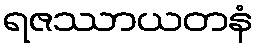
ရဇဿာယတနံ